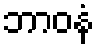
ဘာဝနံ